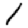
Digit: 1